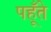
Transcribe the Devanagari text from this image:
पहूँते